Annual vaccination report of Bihar and Orissa - 1911-1928
Year: 1911
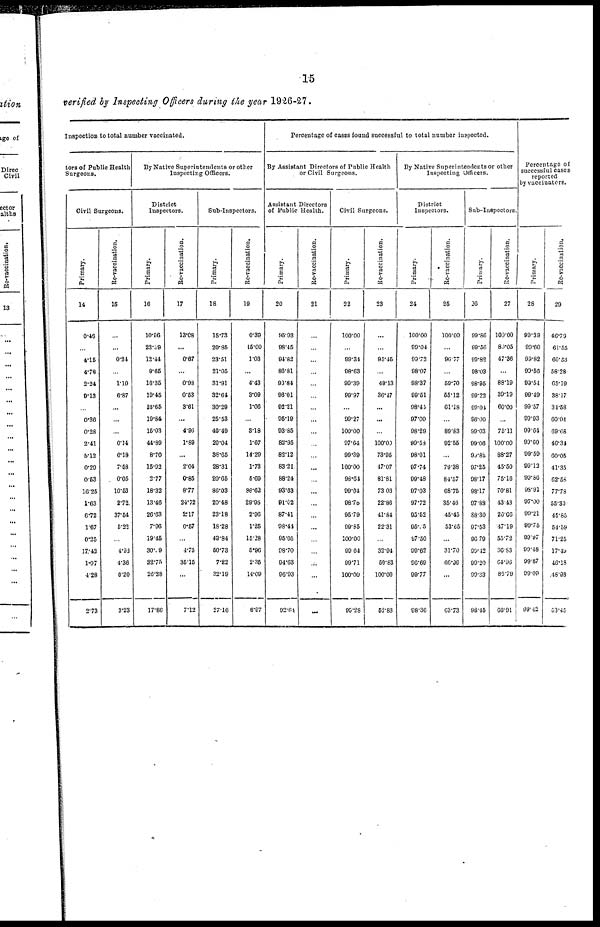
15
verified by Inspecting Officers during the year 1926-27.
Inspection to total number vaccinated.
tors of Public Health
Surgeons.
Civil Surgeons.
Primary.
14
0.46
...
4.15
4.78
2.24
9.13
...
0.36
0.28
2.41
5.12
0.20
0.53
16.25
1.63
6.72
1.67
0.25
17.42
1.07
4.28
2.73
Re-vaccination.
15
...
...
0.24
...
1.10
6.87
...
...
...
0.14
6.18
7.58
0.05
10.53
2.72
37.54
5.22
...
4.92
4.36
0.20
3.23
By Native Superintendents or other
Inspecting Officers.
District
Inspectors.
Primary.
16
10.96
22.39
12.44
8.65
16.35
19.45
16.65
19.84
15.03
44.89
8.70
15.92
2.77
18.32
13.46
26.63
7.96
19.45
30.19
32.75
26.38
17.86
Re-vaccination.
17
13.08
...
0.67
...
0.98
0.53
3.61
...
4.96
1.89
...
2.04
0.85
8.77
24.72
2.17
0.57
...
4.75
35.15
...
7.12
Sub-Inspectors.
Primary.
18
15.73
20.85
23.51
21.05
31.91
32.64
30.29
25.53
40.49
20.04
38.65
28.31
20.65
86.03
20.48
23.18
18.28
49.84
50.73
7.22
32.19
27.16
Re-vaccination.
19
0.39
15.00
1.03
...
4.43
3.09
1.06
...
3.18
1.67
14.29
1.73
5.69
86.62
29.95
2.96
1.25
15.28
5.96
2.35
14.09
6.97
Percentage of cases found successful to total number inspected.
By Assistant Directors of Public Health
or Civil Surgeons.
Assistant Directors
of Public Health.
Primary.
20
95.93
98.45
94.82
86.81
90.84
96.01
92.21
95.19
93.85
82.95
82.12
83.21
88.24
93.63
91.02
87.41
98.44
95.05
98.70
94.63
96.93
92.64
Re-vaccination.
21
. . .
...
...
...
...
...
...
...
...
...
...
...
...
...
...
...
...
...
...
...
...
...
Civil Surgeons.
Primary.
22
100.00
...
99.34
98.63
99.39
99.97
...
99.27
100.00
97.64
99.39
100.00
98.64
99.04
98.78
95.79
99.85
100.00
99.64
99.71
100.00
99.28
Re-vaccination.
23
...
...
95.45
...
49.13
36.17
...
...
...
100.00
73.95
47.07
81.81
73.03
22.86
41.84
22.31
...
32.94
50.83
100.00
52.83
By Native Superintendents or other
Inspecting Officers.
District
Inspectors.
Primary.
24
100.00
99.04
99.72
98.07
98.37
99.51
98.45
97.00
98.29
99.58
98.01
97.74
99.48
97.03
97.72
95.52
95.05
97.50
99.62
96.69
99.77
98.36
Re-vaccination.
25
100.00
...
96.77
...
59.70
55.12
61.18
...
89.83
92.55
...
79.38
84.57
68.75
35.46
45.45
53.65
...
31.70
66.96
...
63.73
Sub-Inspectors
Primary.
26
99.86
99.56
99.82
98.03
98.95
99.22
99.04
96.00
99.03
99.06
90.82
97.25
98.17
98.17
97.88
88.30
97.53
96.70
99.42
99.20
99.33
98.45
Re-vaccination.
27
100.00
80.05
47.36
...
88.19
39.19
60.00
...
75.11
100.00
88.27
45.50
75.16
70.81
43.43
26.66
47.19
55.72
36.83
64.96
85.79
66.91
Percentage of
successful cases
reported
by vaccinators.
Primary.
28
99.29
99.60
99.82
90.56
99.54
99.49
99.57
99.93
99.64
90.60
99.59
99.12
99.86
98.91
97.00
99.21
99.75
99.97
99.48
99.87
99.09
99.42
Re-vaccination.
29
46.79
61.55
60.53
58.28
65.19
38.17
34.58
60.04
69.68
46.34
60.05
41.35
62.58
77.78
55.30
45.85
54.59
71.25
17.49
46.18
48.93
53.45